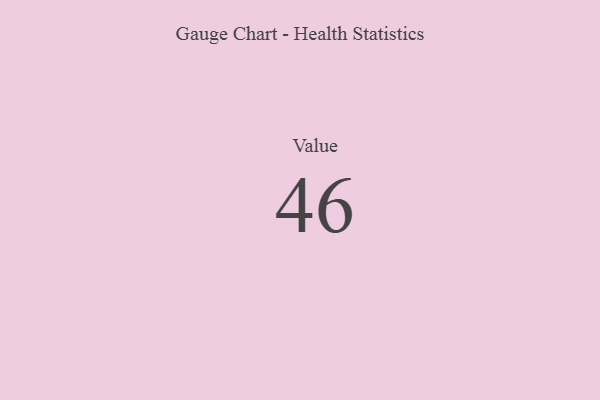
{"axis": {"x": "Metric", "y": "Value"}, "legend": [""], "data": [{"x": "Value", "y": 46, "type": ""}]}